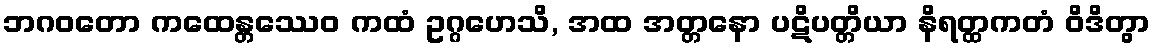
ဘဂဝတော ကထေန္တဿေဝ ကထံ ဥဂ္ဂဟေသိ, အထ အတ္တနော ပဋိပတ္တိယာ နိရတ္ထကတံ ဝိဒိတွာ